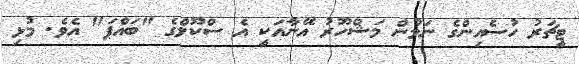
ޓީޗަރު ހުސެއިންގެ ނަމުން މަޝްހޫރު އޭނާއަކީ އެ ސްކޫލްގެ "ބައްޕަ" އެވެ. މުޅި